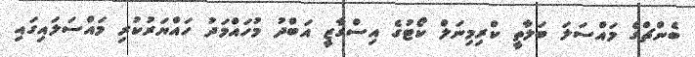
ބެންޗްގެ މައްސަލަ ބަލާތީ ކްރިމިނަލް ކޯޓުގެ އިސްގާޒީ އަބްދު މުހައްމަދު ހައްޔަރުކުރި މައްސަލައިގައި